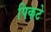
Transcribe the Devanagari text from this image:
पिकटे